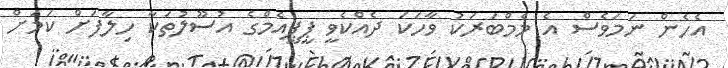
އެހެން ނަމަވެސް އެ މެމްބަރަކު ވާހަކަ ދެއްކެވީ ޕީޕީއެމްގެ އުސޫލުތަކާ ހިލާފަށް ކަމަށް